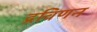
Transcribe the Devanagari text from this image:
द्रविणन